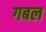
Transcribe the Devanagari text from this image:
गबल